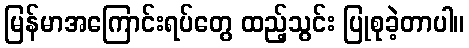
မြန်မာအကြောင်းရပ်တွေ ထည့်သွင်း ပြုစုခဲ့တာပါ။